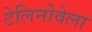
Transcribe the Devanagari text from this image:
टेलिनोवेला